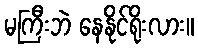
မကြီးဘဲ နေနိုင်ရိုးလား။